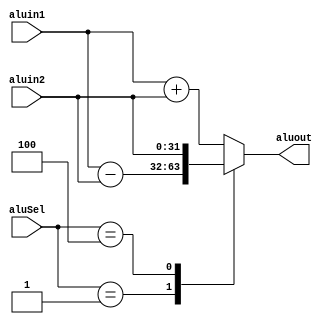
module alu (
    aluSel, aluin1, aluin2, aluout
);

input [2:0] aluSel;
input [31:0] aluin1, aluin2;
output [31:0] aluout;
reg [31:0] r;

always @(*) begin
    case (aluSel)
        1: r = aluin1 - aluin2; //sub
        4: r = aluin2; // for lui
        default: r = aluin1 + aluin2;//add 
    endcase
end

assign aluout = r;

endmodule